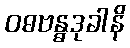
ဝဓဗန္ဓဒုခါနိ